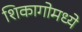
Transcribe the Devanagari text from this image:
शिकागोमध्ये